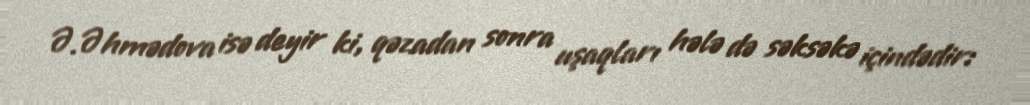
Ə.Əhmədova isə deyir ki, qəzadan sonra uşaqları hələ də səksəkə içindədir: